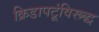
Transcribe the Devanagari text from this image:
क्रिडापटूंविरूद्ध